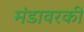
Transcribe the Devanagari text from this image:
मंडावरकी